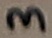
Text: 3